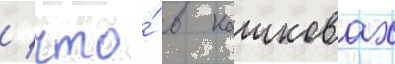
/ что́ в кашковах